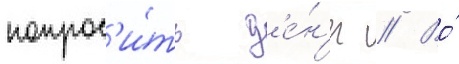
попрос'и́ть д'е́н'ег // Во́